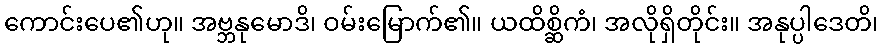
ကောင်းပေ၏ဟု။ အဗ္ဘနုမောဒိ၊ ဝမ်းမြောက်၏။ ယထိစ္ဆိကံ၊ အလိုရှိတိုင်း။ အနုပ္ပါဒေတိ၊